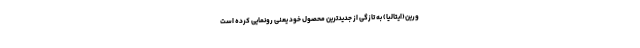
ورین(ایتالیا) به تازگی از جدیدترین محصول خود یعنی رونمایی کرده است